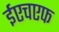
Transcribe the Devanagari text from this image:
ईएचएफ